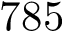
7 8 5